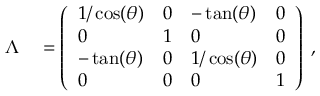
\begin{array} { r l } { \Lambda } & { { } = \left( \begin{array} { l l l l } { 1 / \cos ( \theta ) } & { 0 } & { - \tan ( \theta ) } & { 0 } \\ { 0 } & { 1 } & { 0 } & { 0 } \\ { - \tan ( \theta ) } & { 0 } & { 1 / \cos ( \theta ) } & { 0 } \\ { 0 } & { 0 } & { 0 } & { 1 } \end{array} \right) \; , } \end{array}